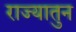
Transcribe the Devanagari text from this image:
राज्यातुन